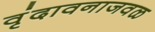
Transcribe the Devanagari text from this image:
वृंदावनाजवळ